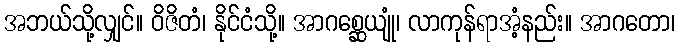
အဘယ်သို့လျှင်။ ဝိဇိတံ၊ နိုင်ငံသို့။ အာဂစ္ဆေယျုံ၊ လာကုန်ရာအံ့နည်း။ အာဂတော၊